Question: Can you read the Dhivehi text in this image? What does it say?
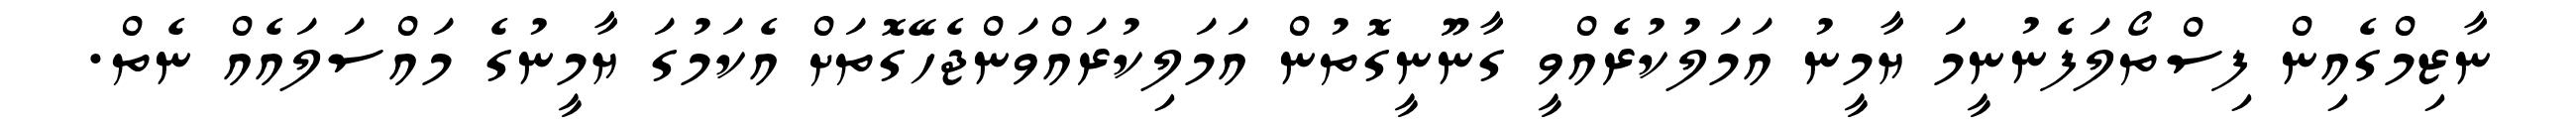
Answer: ނާޒިމްގެއިން ފިސްތޯލަފެނުނީމަ ޔާމީނު އަމަލުކުރެއްވީ ގާނޫނީގޮތުން އަމަލިކުރައްވަންޖެހޭގޮތަށް އެކަމުގަ ޔާމީނުގެ މައްސަލައެއް ނެތް.